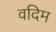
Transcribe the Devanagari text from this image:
वदिम